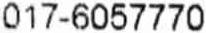
017-6057770